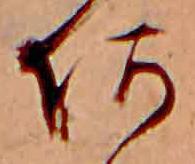
あ